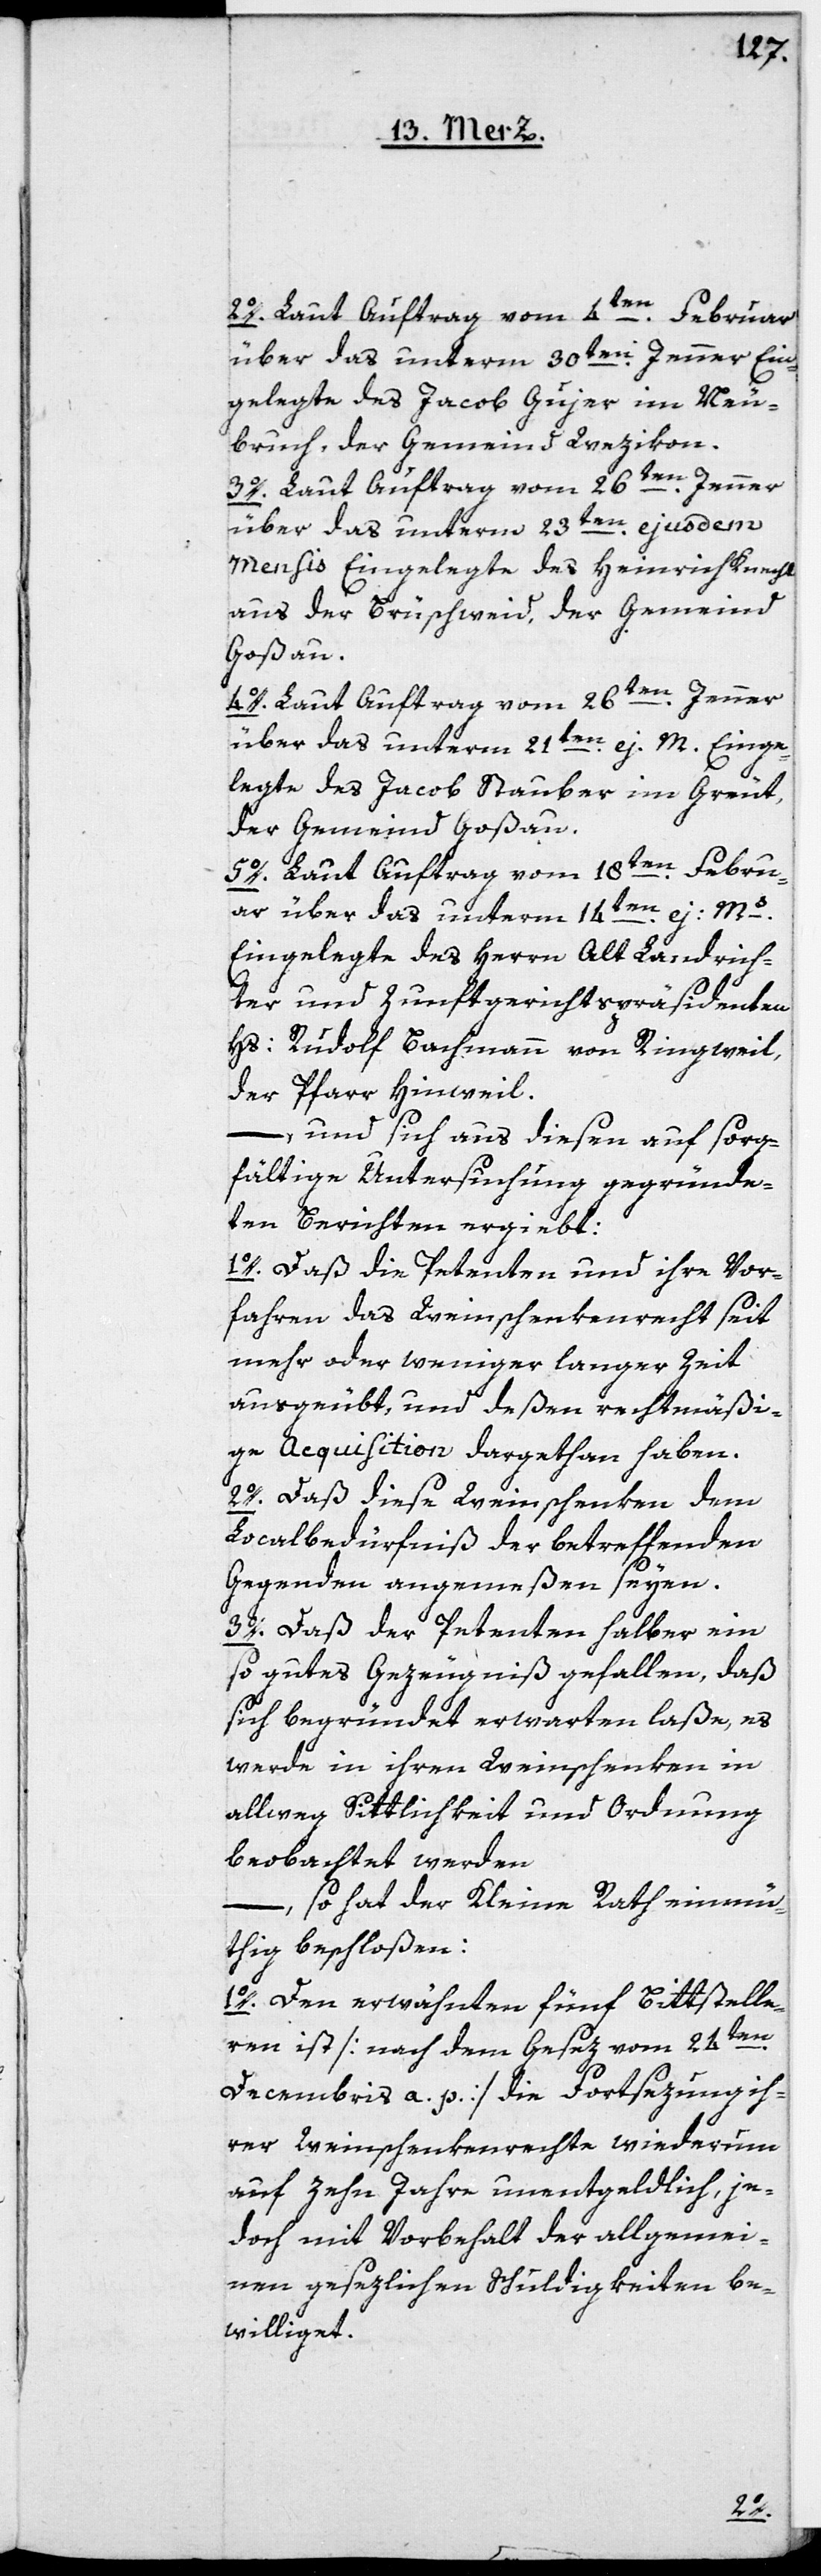
2o. Laut Auftrag vom 4ten Februar
über das unterm 30ten Jenner Ein¬
gelegte des Jacob Gujer im Neu¬
bruch, der Gemeinde Wezikon.
3o. Laut Auftrag vom 26ten Jenner
über das unterm 23ten ejusdem
Mensis Eingelegte des Heinrich Knecht
aus der Brüschweid, der Gemeind
Goßau.
4o. Laut Auftrag vom 26ten Jenner
über das unterm 21ten ej. M. Einge¬
legte des Jacob Stauber im Greüt,
der Gemeind Goßau.
5o. Laut Auftrag vom 18ten Febru¬
ar über das unterm 14ten ej. Ms.
Eingelegte des Herrn Alt Landrich¬
ter und Zunftgerichtspräsidenten
Hs: Rudolf Bachmann von Ringweil,
der Pfarr Hinweil.
– und sich aus diesen auf sorg¬
fältige Untersuchung gegründe¬
ten Berichten ergiebt:
1o. Daß die Petenten und ihre Vor¬
fahren das Weinschenkenrecht seit
mehr oder weniger langer Zeit
ausgeübt, und deßen rechtmäßi¬
ge Acquisition dargethan haben.
2o. Daß diese Weinschenken dem
Localbedürfniß der betreffenden
Gegenden angemeßen seyen.
3o. Daß der Petenten halber ein
so gutes Gezeugniß gefallen, daß
sich begründet erwarten laße, es
werde in ihren Weinschenken in
allweg Sittlichkeit und Ordnung
beobachtet werden,
– so hat der Kleine Rath einmü¬
thig beschloßen:
1o. Den erwähnten fünf Bittstelle¬
ren ist [nach dem Gesez vom 24ten
Decembris a. p.] die Fortsezung ih¬
rer Weinschenkenrechte wiederum
auf zehn Jahre unentgeldlich, je¬
doch mit Vorbehalt der allgemei¬
nen gesezlichen Schuldigkeiten be¬
williget.